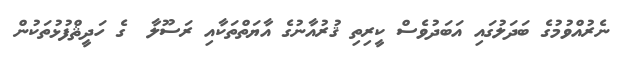
ނެރުއްވުމުގެ ބަދަލުގައި އަބަދުވެސް ކީރިތި ޤުރުއާނުގެ އާޔަތްތަކާއި ރަސޫލާ  ގެ ހަދީޘްފުޅުތަކުން